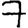
Digit: 7